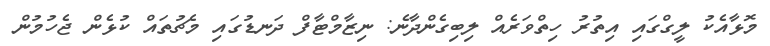
މޮޅާއެކު ލީގްގައި އިތުރު ހިތްވަރެއް ލިބިގެންދާނެ: ނިޒާމްޓާފް ދަނޑުގައި މެޗުތައް ކުޅެން ޖެހުމުން